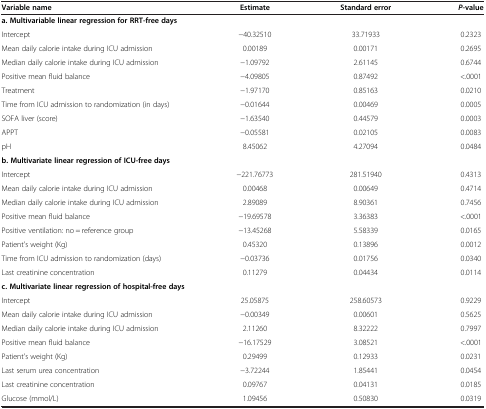
<table><thead><tr><td><b>Variable name</b></td><td><b>Estimate</b></td><td><b>Standard error</b></td><td><b><i>P</i>-value</b></td></tr></thead><tbody><tr><td colspan="4"><b>a. Multivariable linear regression for RRT-free days</b></td></tr><tr><td>Intercept</td><td>−40.32510</td><td>33.71933</td><td>0.2323</td></tr><tr><td>Mean daily calorie intake during ICU admission</td><td>0.00189</td><td>0.00171</td><td>0.2695</td></tr><tr><td>Median daily calorie intake during ICU admission</td><td>−1.09792</td><td>2.61145</td><td>0.6744</td></tr><tr><td>Positive mean fluid balance</td><td>−4.09805</td><td>0.87492</td><td>&lt;.0001</td></tr><tr><td>Treatment</td><td>−1.97170</td><td>0.85163</td><td>0.0210</td></tr><tr><td>Time from ICU admission to randomization (in days)</td><td>−0.01644</td><td>0.00469</td><td>0.0005</td></tr><tr><td>SOFA liver (score)</td><td>−1.63540</td><td>0.44579</td><td>0.0003</td></tr><tr><td>APPT</td><td>−0.05581</td><td>0.02105</td><td>0.0083</td></tr><tr><td>pH</td><td>8.45062</td><td>4.27094</td><td>0.0484</td></tr><tr><td colspan="4"><b>b. Multivariate linear regression of ICU-free days</b></td></tr><tr><td>Intercept</td><td>−221.76773</td><td>281.51940</td><td>0.4313</td></tr><tr><td>Mean daily calorie intake during ICU admission</td><td>0.00468</td><td>0.00649</td><td>0.4714</td></tr><tr><td>Median daily calorie intake during ICU admission</td><td>2.89089</td><td>8.90361</td><td>0.7456</td></tr><tr><td>Positive mean fluid balance</td><td>−19.69578</td><td>3.36383</td><td>&lt;.0001</td></tr><tr><td>Positive ventilation: no = reference group</td><td>−13.45268</td><td>5.58339</td><td>0.0165</td></tr><tr><td>Patient&#x27;s weight (Kg)</td><td>0.45320</td><td>0.13896</td><td>0.0012</td></tr><tr><td>Time from ICU admission to randomization (days)</td><td>−0.03736</td><td>0.01756</td><td>0.0340</td></tr><tr><td>Last creatinine concentration</td><td>0.11279</td><td>0.04434</td><td>0.0114</td></tr><tr><td colspan="4"><b>c. Multivariate linear regression of hospital-free days</b></td></tr><tr><td>Intercept</td><td>25.05875</td><td>258.60573</td><td>0.9229</td></tr><tr><td>Mean daily calorie intake during ICU admission</td><td>−0.00349</td><td>0.00601</td><td>0.5625</td></tr><tr><td>Median daily calorie intake during ICU admission</td><td>2.11260</td><td>8.32222</td><td>0.7997</td></tr><tr><td>Positive mean fluid balance</td><td>−16.17529</td><td>3.08521</td><td>&lt;.0001</td></tr><tr><td>Patient&#x27;s weight (Kg)</td><td>0.29499</td><td>0.12933</td><td>0.0231</td></tr><tr><td>Last serum urea concentration</td><td>−3.72244</td><td>1.85441</td><td>0.0454</td></tr><tr><td>Last creatinine concentration</td><td>0.09767</td><td>0.04131</td><td>0.0185</td></tr><tr><td>Glucose (mmol/L)</td><td>1.09456</td><td>0.50830</td><td>0.0319</td></tr></tbody></table>